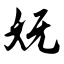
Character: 妩